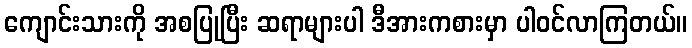
ကျောင်းသားကို အစပြုပြီး ဆရာများပါ ဒီအားကစားမှာ ပါဝင်လာကြတယ်။